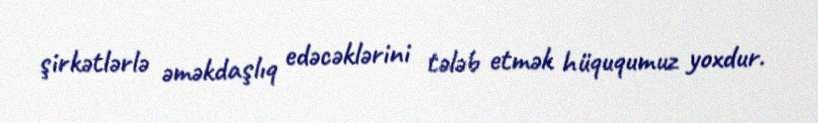
şirkətlərlə əməkdaşlıq edəcəklərini tələb etmək hüququmuz yoxdur.